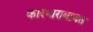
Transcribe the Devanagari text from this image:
कारभाराबाबत